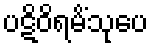
ပဋိဝိရမိံသုပေ